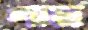
গাম